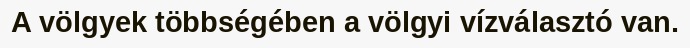
A völgyek többségében a völgyi vízválasztó van.